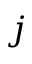
j